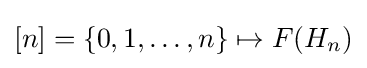
[n]=\{0,1,\dots ,n\}\mapsto F(H_{n})